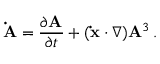
\mathbf { \dot { A } } = { \frac { \partial \mathbf { A } } { \partial t } } + ( \mathbf { \dot { x } } \cdot \nabla ) \mathbf { A } ^ { 3 } \, .